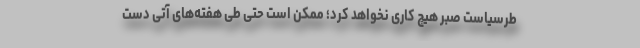
طرسیاست صبر هیچ کاری نخواهد کرد؛ ممکن است حتی طی هفته‌های آتی دست